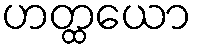
ဟတ္ထယော